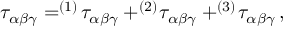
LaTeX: \tau _ { \alpha \beta \gamma } = ^ { ( 1 ) } \! \tau _ { \alpha \beta \gamma } + ^ { ( 2 ) } \! \tau _ { \alpha \beta \gamma } + ^ { ( 3 ) } \! \tau _ { \alpha \beta \gamma } \, ,